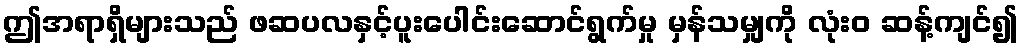
ဤအရာရှိများသည် ဖဆပလနှင့်ပူးပေါင်းဆောင်ရွက်မှု မှန်သမျှကို လုံးဝ ဆန့်ကျင်၍